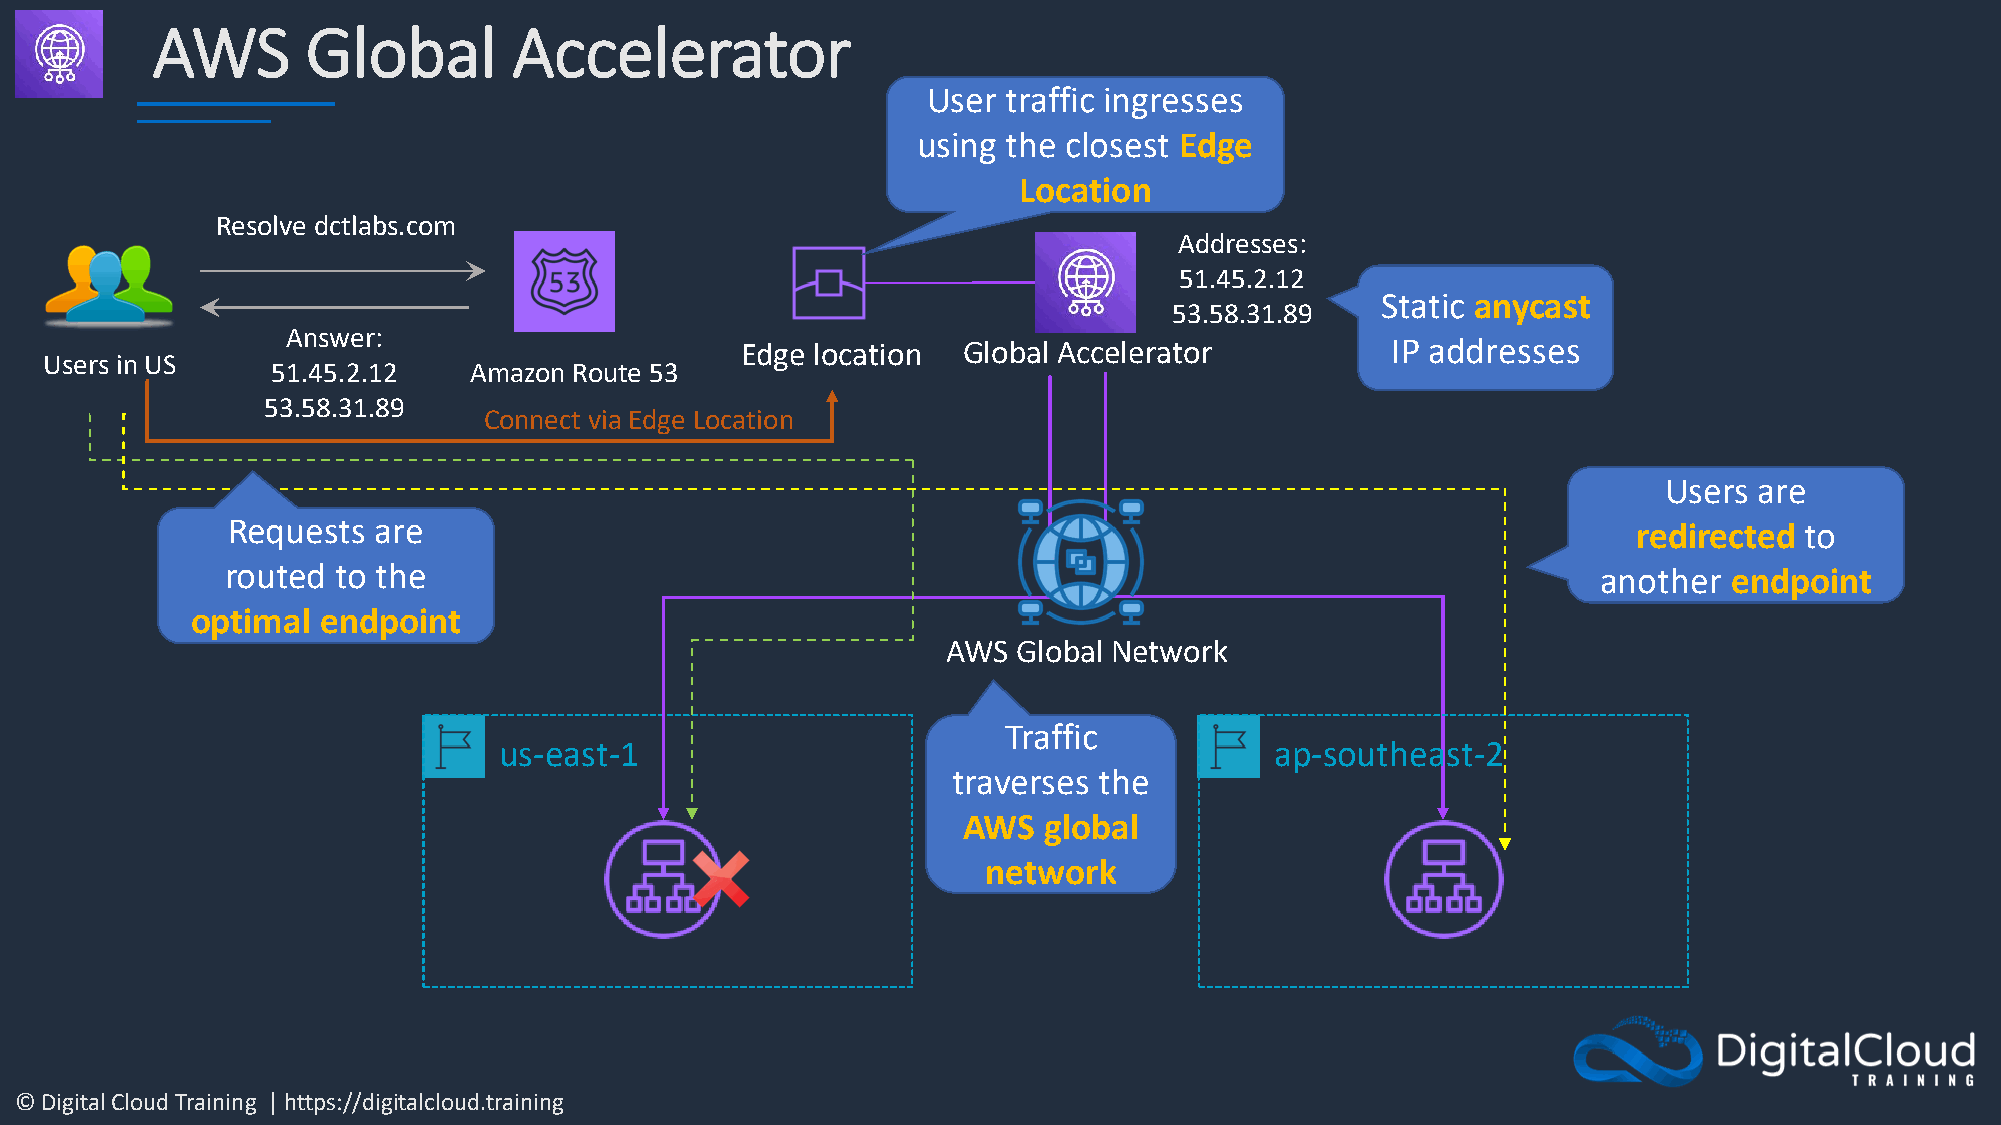
AWS       Global        Accelerator
 User  traffic ingresses
 using the closest Edge
 Location
 Resolve dctlabs.com
 Addresses:
 51.45.2.12
 Static anycast
 53.58.31.89
 Answer:
 Edge location  Global Accelerator          IP addresses
 Users in US
 51.45.2.12   Amazon Route 53
 53.58.31.89
 Connect via Edge Location
 Users are
 Requests  are                                                                                redirected to
 routed to the                                                                              another  endpoint
 optimal endpoint
 AWS Global Network
 Traffic
 us-east-1                                          ap-southeast-2
 traverses the
 AWS  global
 network
 © Digital Cloud Training | https://digitalcloud.training